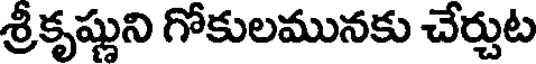
శ్రీకృష్ణుని గోకులమునకు చేర్చుట